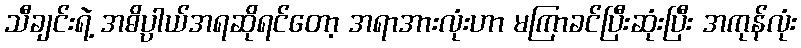
သီချင်းရဲ့ အဓိပ္ပာယ်အရဆိုရင်တော့ အရာအားလုံးဟာ မကြာခင်ပြီးဆုံးပြီး အကုန်လုံး